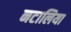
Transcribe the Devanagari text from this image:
नटालिया